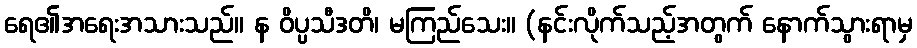
ရေ၏အရေးအသားသည်။ န ဝိပ္ပသီဒတိ၊ မကြည်သေး။ (နင်းလိုက်သည့်အတွက် နောက်သွားရာမှ